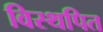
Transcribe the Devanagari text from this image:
विस्थपित